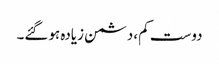
دوست کم، دشمن زیادہ ہوگئے۔